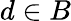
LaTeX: d\in B